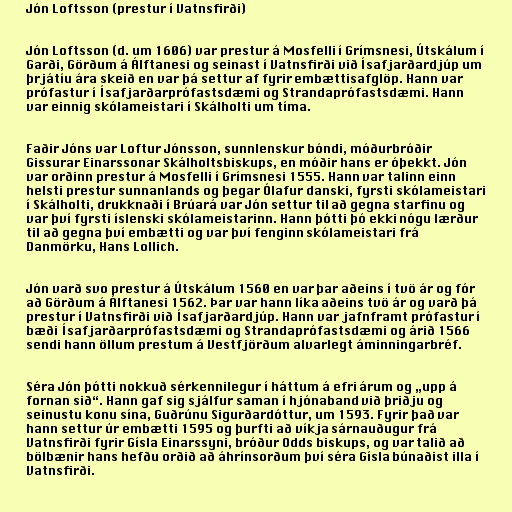
Jón Loftsson (prestur í Vatnsfirði)

Jón Loftsson (d. um 1606) var prestur á Mosfelli í Grímsnesi, Útskálum í
Garði, Görðum á Álftanesi og seinast í Vatnsfirði við Ísafjarðardjúp um
þrjátíu ára skeið en var þá settur af fyrir embættisafglöp. Hann var
prófastur í Ísafjarðarprófastsdæmi og Strandaprófastsdæmi. Hann
var einnig skólameistari í Skálholti um tíma.

Faðir Jóns var Loftur Jónsson, sunnlenskur bóndi, móðurbróðir
Gissurar Einarssonar Skálholtsbiskups, en móðir hans er óþekkt. Jón
var orðinn prestur á Mosfelli í Grímsnesi 1555. Hann var talinn einn
helsti prestur sunnanlands og þegar Ólafur danski, fyrsti skólameistari
í Skálholti, drukknaði í Brúará var Jón settur til að gegna starfinu og
var því fyrsti íslenski skólameistarinn. Hann þótti þó ekki nógu lærður
til að gegna því embætti og var því fenginn skólameistari frá
Danmörku, Hans Lollich.

Jón varð svo prestur á Útskálum 1560 en var þar aðeins í tvö ár og fór
að Görðum á Álftanesi 1562. Þar var hann líka aðeins tvö ár og varð þá
prestur í Vatnsfirði við Ísafjarðardjúp. Hann var jafnframt prófastur í
bæði Ísafjarðarprófastsdæmi og Strandaprófastsdæmi og árið 1566
sendi hann öllum prestum á Vestfjörðum alvarlegt áminningarbréf.

Séra Jón þótti nokkuð sérkennilegur í háttum á efri árum og „upp á
fornan sið“. Hann gaf sig sjálfur saman í hjónaband við þriðju og
seinustu konu sína, Guðrúnu Sigurðardóttur, um 1593. Fyrir það var
hann settur úr embætti 1595 og þurfti að víkja sárnauðugur frá
Vatnsfirði fyrir Gísla Einarssyni, bróður Odds biskups, og var talið að
bölbænir hans hefðu orðið að áhrínsorðum því séra Gísla búnaðist illa í
Vatnsfirði.